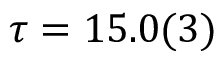
\tau = 1 5 . 0 ( 3 )